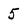
Character: 5